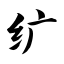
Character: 纩